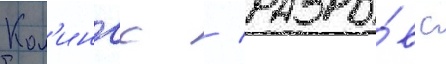
Кол'ингс / разры́в с